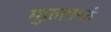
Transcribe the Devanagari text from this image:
मुक्ताफळं